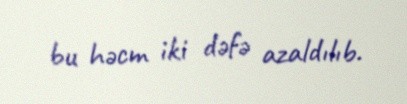
bu həcm iki dəfə azaldılıb.